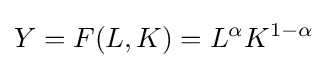
Y=F(L,K)=L^{\alpha }K^{1-\alpha }